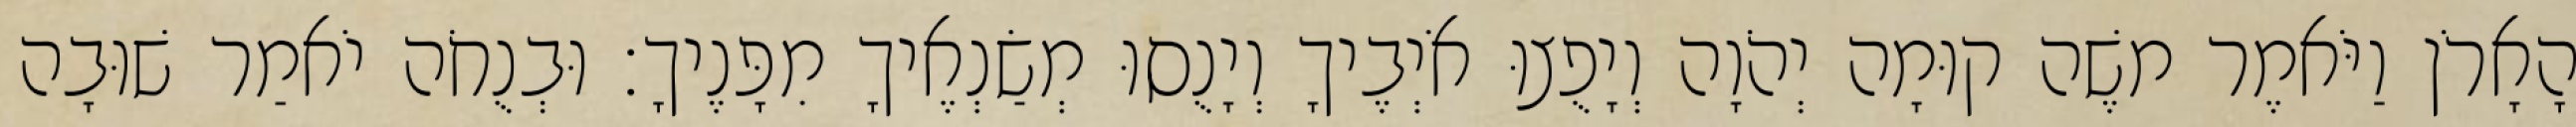
הָאָרֹן וַיֹּאמֶר משֶׁה קוּמָה יְהֹוָה וְיָפֻצוּ אֹיְבֶיךָ וְיָנֻסוּ מְשַׂנְאֶיךָ מִפָּנֶיךָ׃ וּבְנֻחֹה יֹאמַר שׁוּבָה